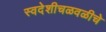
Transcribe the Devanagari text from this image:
स्वदेशीचळवळीचे